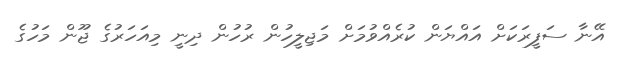
އޭނާ ސަފީރަކަށް އައްޔަން ކުރެއްވުމަށް މަޖިލީހުން ރުހުން ދިނީ މިއަހަރުގެ ޖޫން މަހުގެ